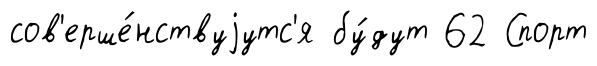
сов'ерше́нствуjутс'я бу́дут 62 Спорт